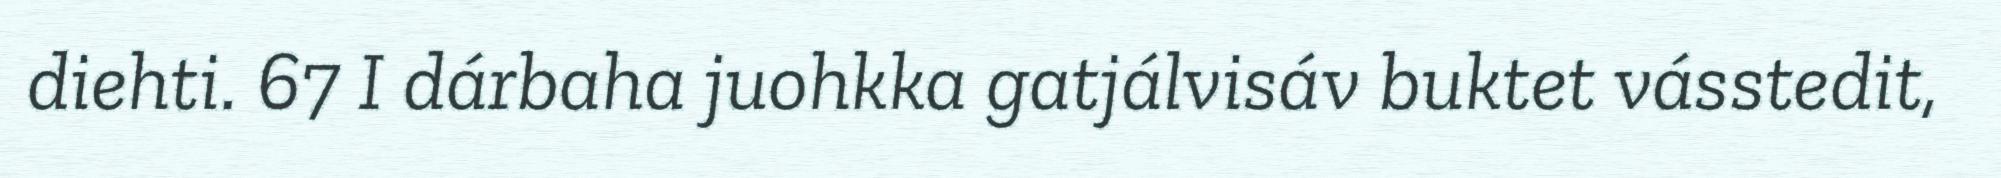
diehti. 67 I dárbaha juohkka gatjálvisáv buktet vásstedit,